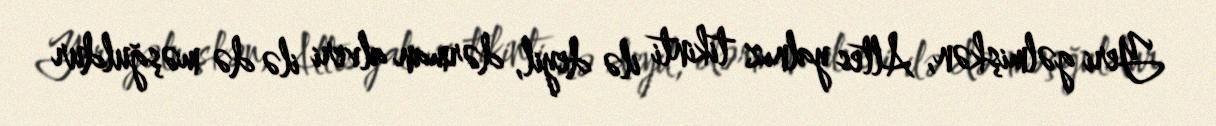
Yeri gəlmişkən, Altes yalnız tikinti ilə deyil, dərman alveri ilə də məşğuldur